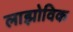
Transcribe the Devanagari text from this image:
लाझोविक